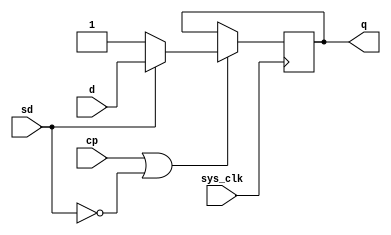
module fd4q
(
	output	q,
	input		d,
	input		cp,
	input		sd,
	input		sys_clk
);

reg	fd_data = 1'b1;

assign q = fd_data;

// always @(posedge cp or negedge sd)
always @(posedge sys_clk)
begin
	if (cp | (~sd)) begin
		if (~sd) begin
			fd_data <= 1'b1;
		end else begin
			fd_data <= d;
		end
	end
end

endmodule